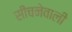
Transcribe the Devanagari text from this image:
सींचनेवाली